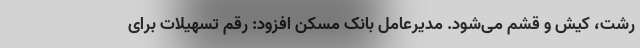
رشت، کیش و قشم می‌شود. مدیرعامل بانک مسکن افزود: رقم تسهیلات برای